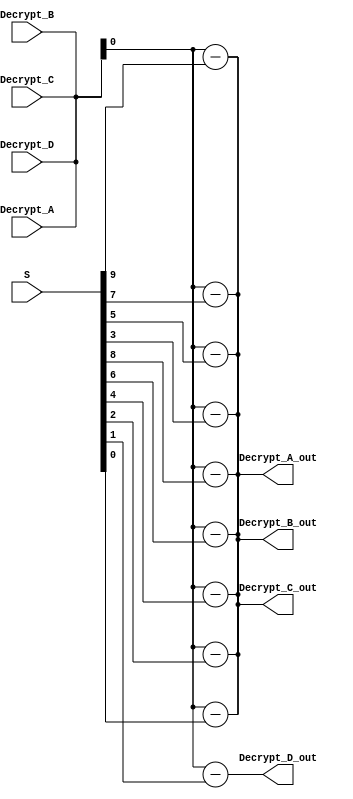
`timescale 1ns / 1ps
//////////////////////////////////////////////////////////////////////////////////
// Company: 
// Engineer: 
// 
// Design Name: 
// Module Name: Decryption
// Project Name: 
// Target Devices: 
// Tool Versions: 
// Description: 
// 
// Dependencies: 
// 
// Revision:
// Revision 0.01 - File Created
// Additional Comments:
// 
//////////////////////////////////////////////////////////////////////////////////


module RC6_Decryption
#(parameter w=4,r=4) //w is the word size in bits   r non negative number of rounds 

    (
        input [w-1:0] Decrypt_A,Decrypt_B,Decrypt_C,Decrypt_D, //Ciphertext stored in four w-bit input registers
        //input r,                //Number of rounds (r)
        input [2*r+3:0] S,         //w-bit round keys
        
        output wire Decrypt_A_out,Decrypt_B_out,Decrypt_C_out,Decrypt_D_out  //Plaintext stored in A,B,C,D
     );
     wire tmp_C,tmp_A;
     
     assign tmp_C = Decrypt_C - S;
     assign tmp_A = Decrypt_A - S;
     
     wire u,t;
     
     genvar i;
     generate
        for(i=4;i>0;i=i-1)// i should be equal to the number of rounds (r) however it is not a constant so setting i=r in the for loop is causing errors
            begin
                assign Decrypt_A = Decrypt_D;
                assign Decrypt_B = Decrypt_A;
                assign Decrypt_C = Decrypt_B;
                assign Decrypt_D = Decrypt_C;
                assign u = (Decrypt_D*(2*Decrypt_D+1)) <<< $clog2(w);
                assign t = (Decrypt_B*(2*Decrypt_B+1)) <<< $clog2(w);      //<<< arithmetic shift left
                assign tmp_C = ( ( Decrypt_C - S[2*i+1] ) >>> t ) ^ u;
                assign tmp_A = ( ( Decrypt_A - S[2*i]) >>> u ) ^ t;   //>>> arithmetic shift right
            end
            
            
     endgenerate
     assign Decrypt_C_out = tmp_C;
     assign Decrypt_A_out = tmp_A;
     assign Decrypt_D_out = Decrypt_D - S[1];
     assign Decrypt_B_out = Decrypt_B - S[0];
     
     
    
endmodule